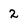
Character: 2